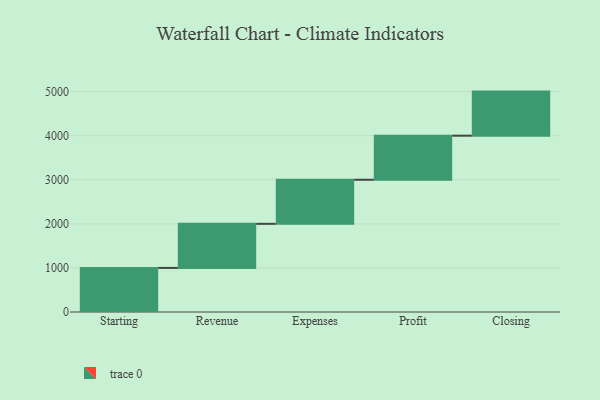
{"axis": {"x": "Step", "y": "Value"}, "legend": [""], "data": [{"x": "Starting", "y": 1000, "type": ""}, {"x": "Revenue", "y": 1000, "type": ""}, {"x": "Expenses", "y": 1000, "type": ""}, {"x": "Profit", "y": 1000, "type": ""}, {"x": "Closing", "y": 1000, "type": ""}]}